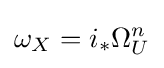
\omega _{X}=i_{*}\Omega _{U}^{n}